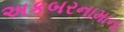
અકબરનામાના